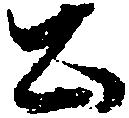
公